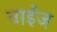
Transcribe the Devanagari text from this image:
वाईज